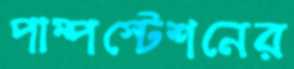
পাম্পস্টেশনের